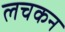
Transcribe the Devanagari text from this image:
लचकन